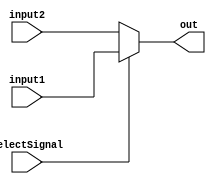
`timescale 1ns / 1ps
//////////////////////////////////////////////////////////////////////////////////
// Company: 
// Engineer: 
// 
// Design Name: 
// Module Name: Mux5
// Project Name: 
// Target Devices: 
// Tool Versions: 
// Description: 
// 
// Dependencies: 
// 
// Revision:
// Revision 0.01 - File Created
// Additional Comments:
// 
//////////////////////////////////////////////////////////////////////////////////


module Mux5(
    input SelectSignal,
    input [4 : 0] input1,
    input [4 : 0] input2,
    output [4 : 0] out
    );
    assign out = SelectSignal ? input1 : input2;
endmodule